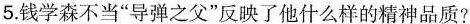
5.钱学森不当”导弹之父”反映了他什么样的精神品质?